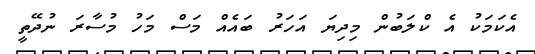
އެކަމަކު އެ ކްލަބުން މިދިޔަ އަހަރު ބައެއް މަސް މަހު މުސާރަ ނުދޭތީ